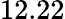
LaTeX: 12.22